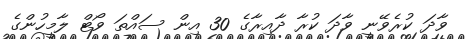
ވާދަ ކުރެވޭނީ ވާދަ ކުރާ ދާއިރާގެ 30 އިން ސައްތަ ވޯޓް ލާމީހުންގެ